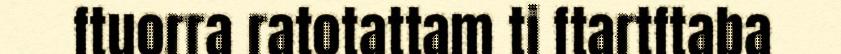
ftuorra ratotattam ti ftartftaba